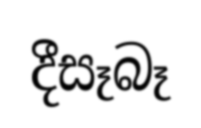
දීසෑබෑ